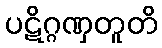
ပဋိဂ္ဂဏှတူတိ